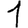
Digit: 1